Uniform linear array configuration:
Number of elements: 4
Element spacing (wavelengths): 0.75
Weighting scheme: hann
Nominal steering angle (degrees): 30
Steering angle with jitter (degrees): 31.424
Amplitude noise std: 0.05
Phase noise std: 0.05

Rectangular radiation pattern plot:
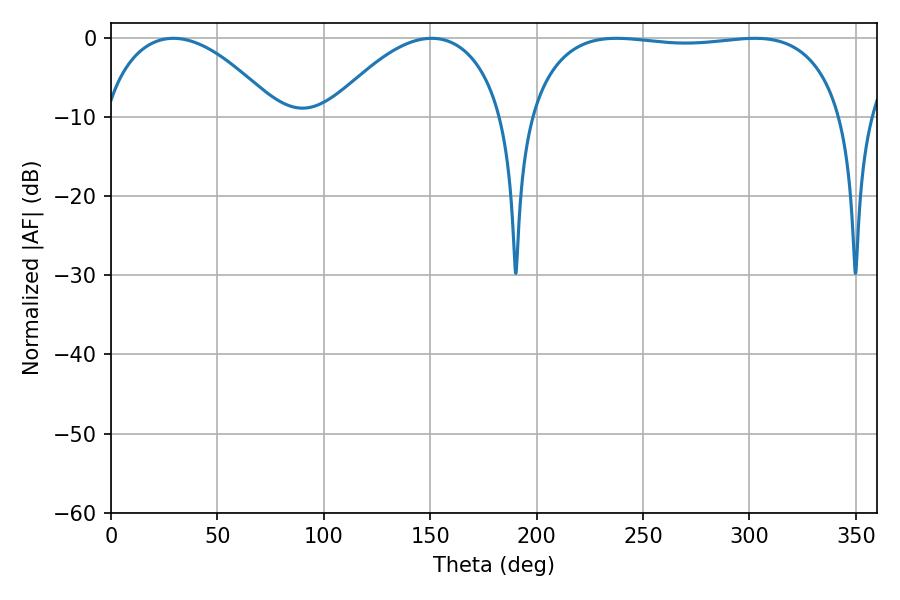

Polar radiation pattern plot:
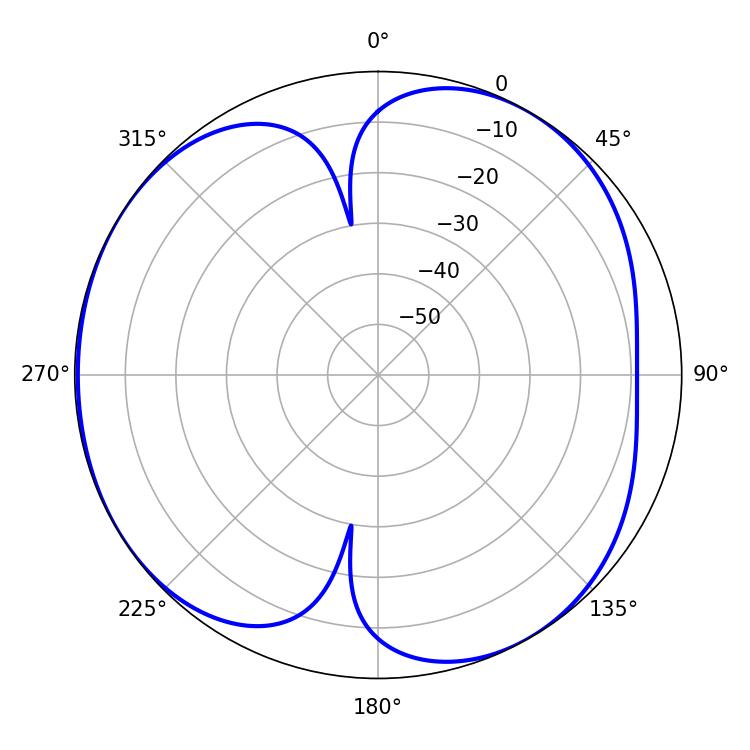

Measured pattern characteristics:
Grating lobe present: TRUE
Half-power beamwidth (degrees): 46.26
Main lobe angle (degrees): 29.34